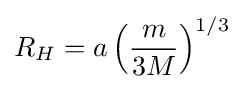
R_{H}=a\left({\frac {m}{3M}}\right)^{1/3}